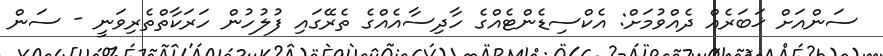
ސަންއަށް ޚަބަރެއް ދެއްވުމަށް: އެކްސިޑެންޓެއްގެ ހާދިސާއެއްގެ ތެރޭގައި ފުލުހުން ހަރަކާތްތެރިވަނީ - ސަން